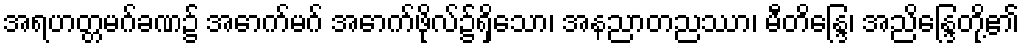
အရဟတ္တမဂ်ခဏ၌ အောက်မဂ် အောက်ဖိုလ်၌ရှိသော၊ အနညာတညဿာ၊ မီတိန္ဒြေ၊ အညိန္ဒြေတို့၏